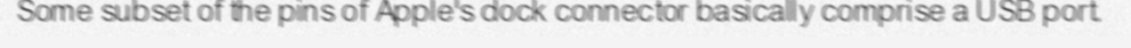
Some subset of the pins of Apple's dock connector basically comprise a USB port.